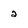
Character: 2